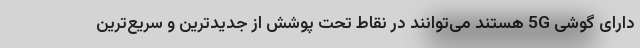
دارای گوشی 5G هستند می‌توانند در نقاط تحت پوشش از جدیدترین و سریع‌ترین